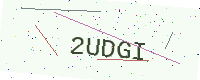
Text: 2UDGI